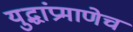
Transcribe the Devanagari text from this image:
युद्धांप्रमाणेच